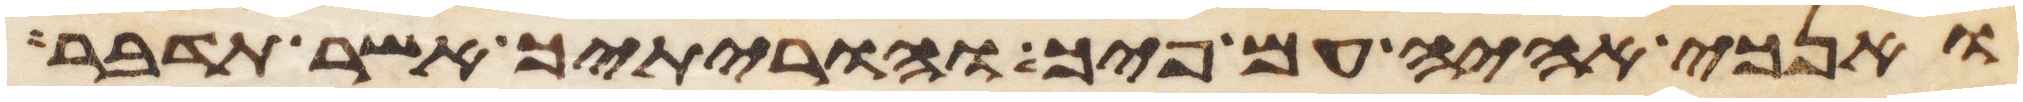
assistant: ואנכי אהיה עם פיך והוריתיך אשר תדבר